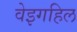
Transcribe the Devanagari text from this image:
वेइगहिल